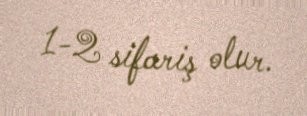
1-2 sifariş olur.